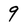
Character: 9